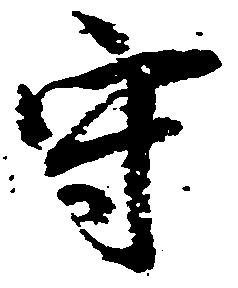
守